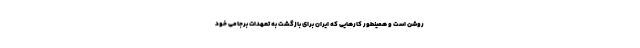
روشن است و همینطور کارهایی که ایران برای بازگشت به تعهدات برجامی خود